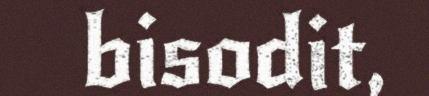
bisodit,